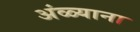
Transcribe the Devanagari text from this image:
अंळ्याना